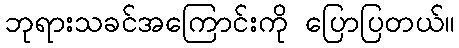
ဘုရားသခင်အကြောင်းကို ပြောပြတယ်။